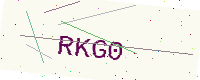
Text: RKG0